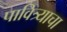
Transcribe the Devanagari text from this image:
पावित्र्याचा